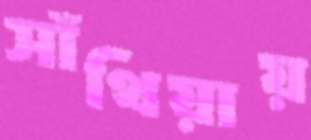
সাঁথিয়ায়